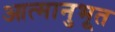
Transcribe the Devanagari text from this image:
आत्मानुभूत